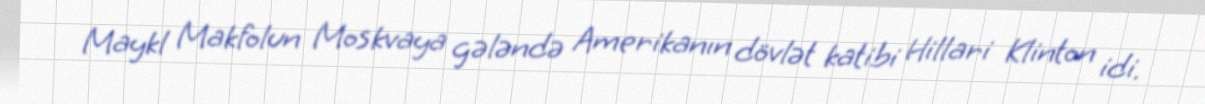
Maykl Makfolun Moskvaya gələndə Amerikanın dövlət katibi Hillari Klinton idi.